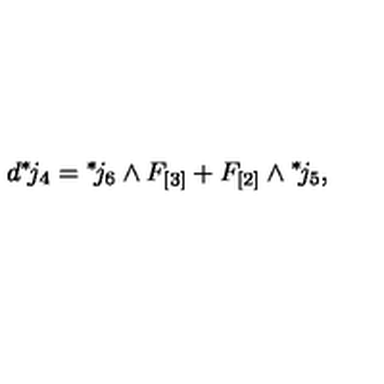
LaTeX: d { } ^ { * } \! j _ { 4 } = { } ^ { * } \! j _ { 6 } \wedge F _ { [ 3 ] } + F _ { [ 2 ] } \wedge { } ^ { * } \! j _ { 5 } ,